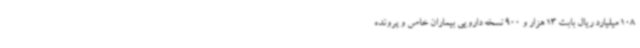
108 میلیارد ریال بابت 13 هزار و 900 نسخه دارویی بیماران خاص و پرونده